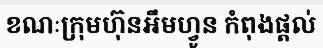
ខណៈក្រុមហ៊ុនអឹមហ្វូន កំពុងផ្តល់